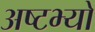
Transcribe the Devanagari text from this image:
अष्टभ्यो